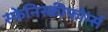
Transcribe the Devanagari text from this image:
स्फेनिस्कीफोर्म्स